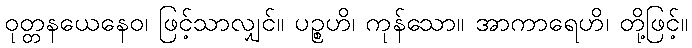
ဝုတ္တနယေနေဝ၊ ဖြင့်သာလျှင်။ ပဉ္စဟိ၊ ကုန်သော။ အာကာရေဟိ၊ တို့ဖြင့်။